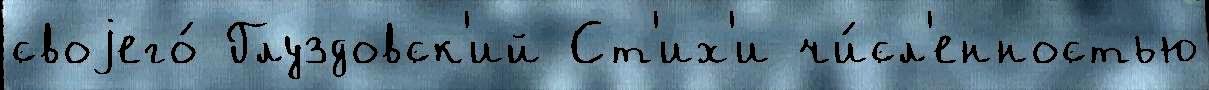
своjего́ Глуздовск'ий Ст'их'и чи́сл'енностью